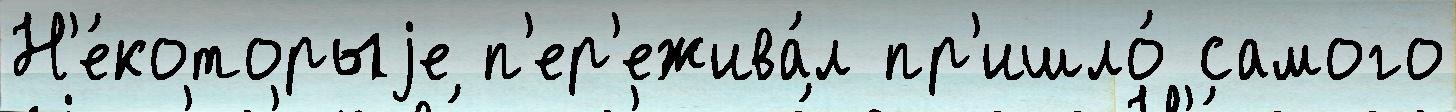
Н'е́которыjе п'ер'ежива́л пр'ишло́ самого